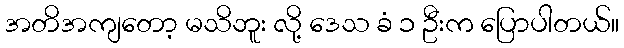
အတိအကျတော့ မသိဘူး လို့ ဒေသ ခံ ၁ ဦးက ပြောပါတယ်။